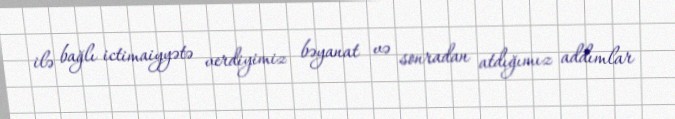
ilə bağlı ictimaiyyətə verdiyimiz bəyanat və sonradan atdığımız addımlar